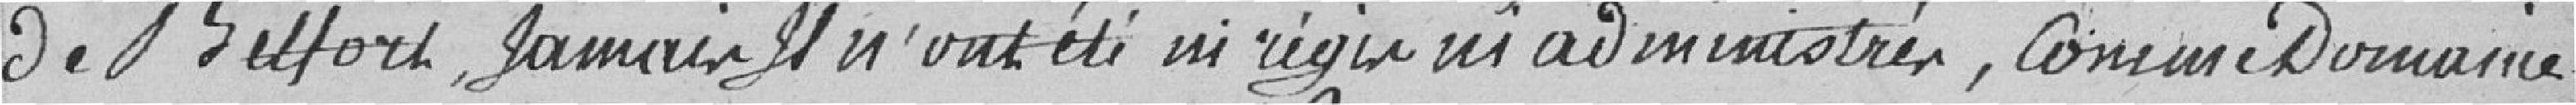
de Belfort, jamais il n'ont été ni régis ni administrés, comme Domaines